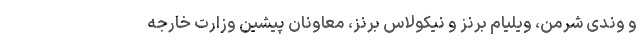
و وندی شرمن، ویلیام برنز و نیکولاس برنز، معاونان پیشین وزارت خارجه